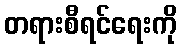
တရားစီရင်ရေးကို